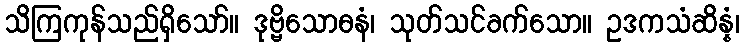
သိကြကုန်သည်ရှိသော်။ ဒုဗ္ဗိသောဓနံ၊ သုတ်သင်ခက်သော။ ဥဒကသံဆိန္နံ၊